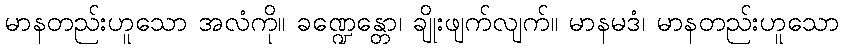
မာနတည်းဟူသော အလံကို။ ခဏ္ဍေန္တော၊ ချိုးဖျက်လျက်။ မာနမဒံ၊ မာနတည်းဟူသော